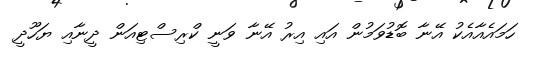
ހަމައެއާއެކު އޭނާ ބޮޑުވަމުން އައި އިރު އޭނާ ވަނީ ކްރިސްޓިއަން ދީނާއި ޔަހޫދީ